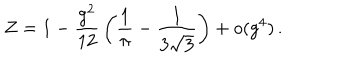
Z = 1 - \frac { g ^ { 2 } } { 1 2 } \, \left( \frac { 1 } { \pi } - \frac { 1 } { 3 \sqrt { 3 } } \right) + o ( g ^ { 4 } ) \, .